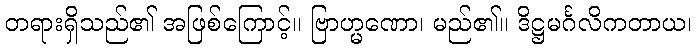
တရားရှိသည်၏ အဖြစ်ကြောင့်။ ဗြာဟ္မဏော၊ မည်၏။ ဒိဋ္ဌမင်္ဂလိကတာယ၊